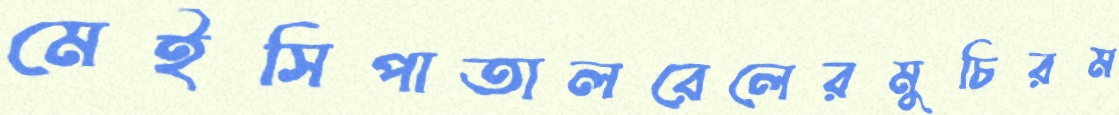
মেইসিপাতালরেলেরমুচিরম